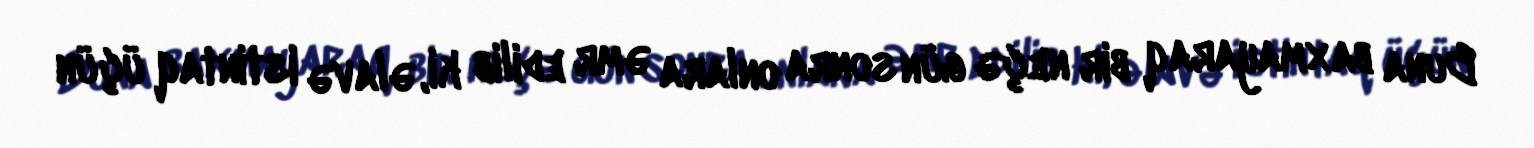
Buna baxmayaraq bir neçə gün sonra onlara əmr edilib ki, əlavə istintaq üçün